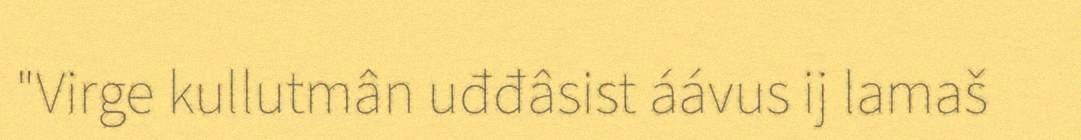
"Virge kullutmân uđđâsist áávus ij lamaš